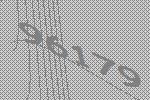
96179